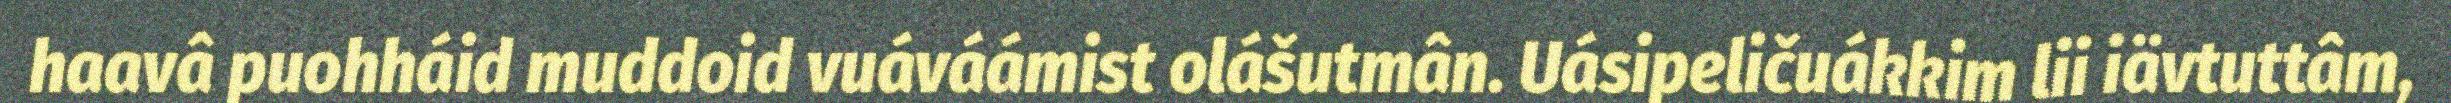
haavâ puohháid muddoid vuáváámist olášutmân. Uásipeličuákkim lii iävtuttâm,